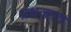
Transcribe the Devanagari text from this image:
ग्रंथजगत